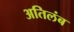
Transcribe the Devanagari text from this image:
अतिलंब